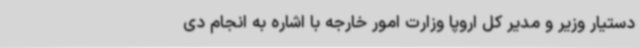
دستیار وزیر و مدیر کل اروپا وزارت امور خارجه با اشاره به انجام دی